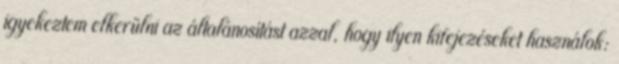
igyekeztem elkerülni az általánosítást azzal, hogy ilyen kifejezéseket használok: